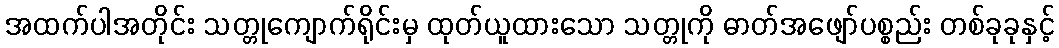
အထက်ပါအတိုင်း သတ္တုကျောက်ရိုင်းမှ ထုတ်ယူထားသော သတ္တုကို ဓာတ်အဖျော်ပစ္စည်း တစ်ခုခုနှင့်